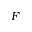
F